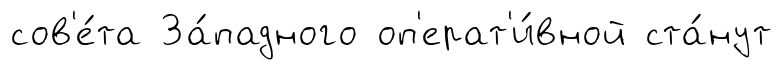
сов'е́та За́падного оп'ерат'и́вной ста́нут